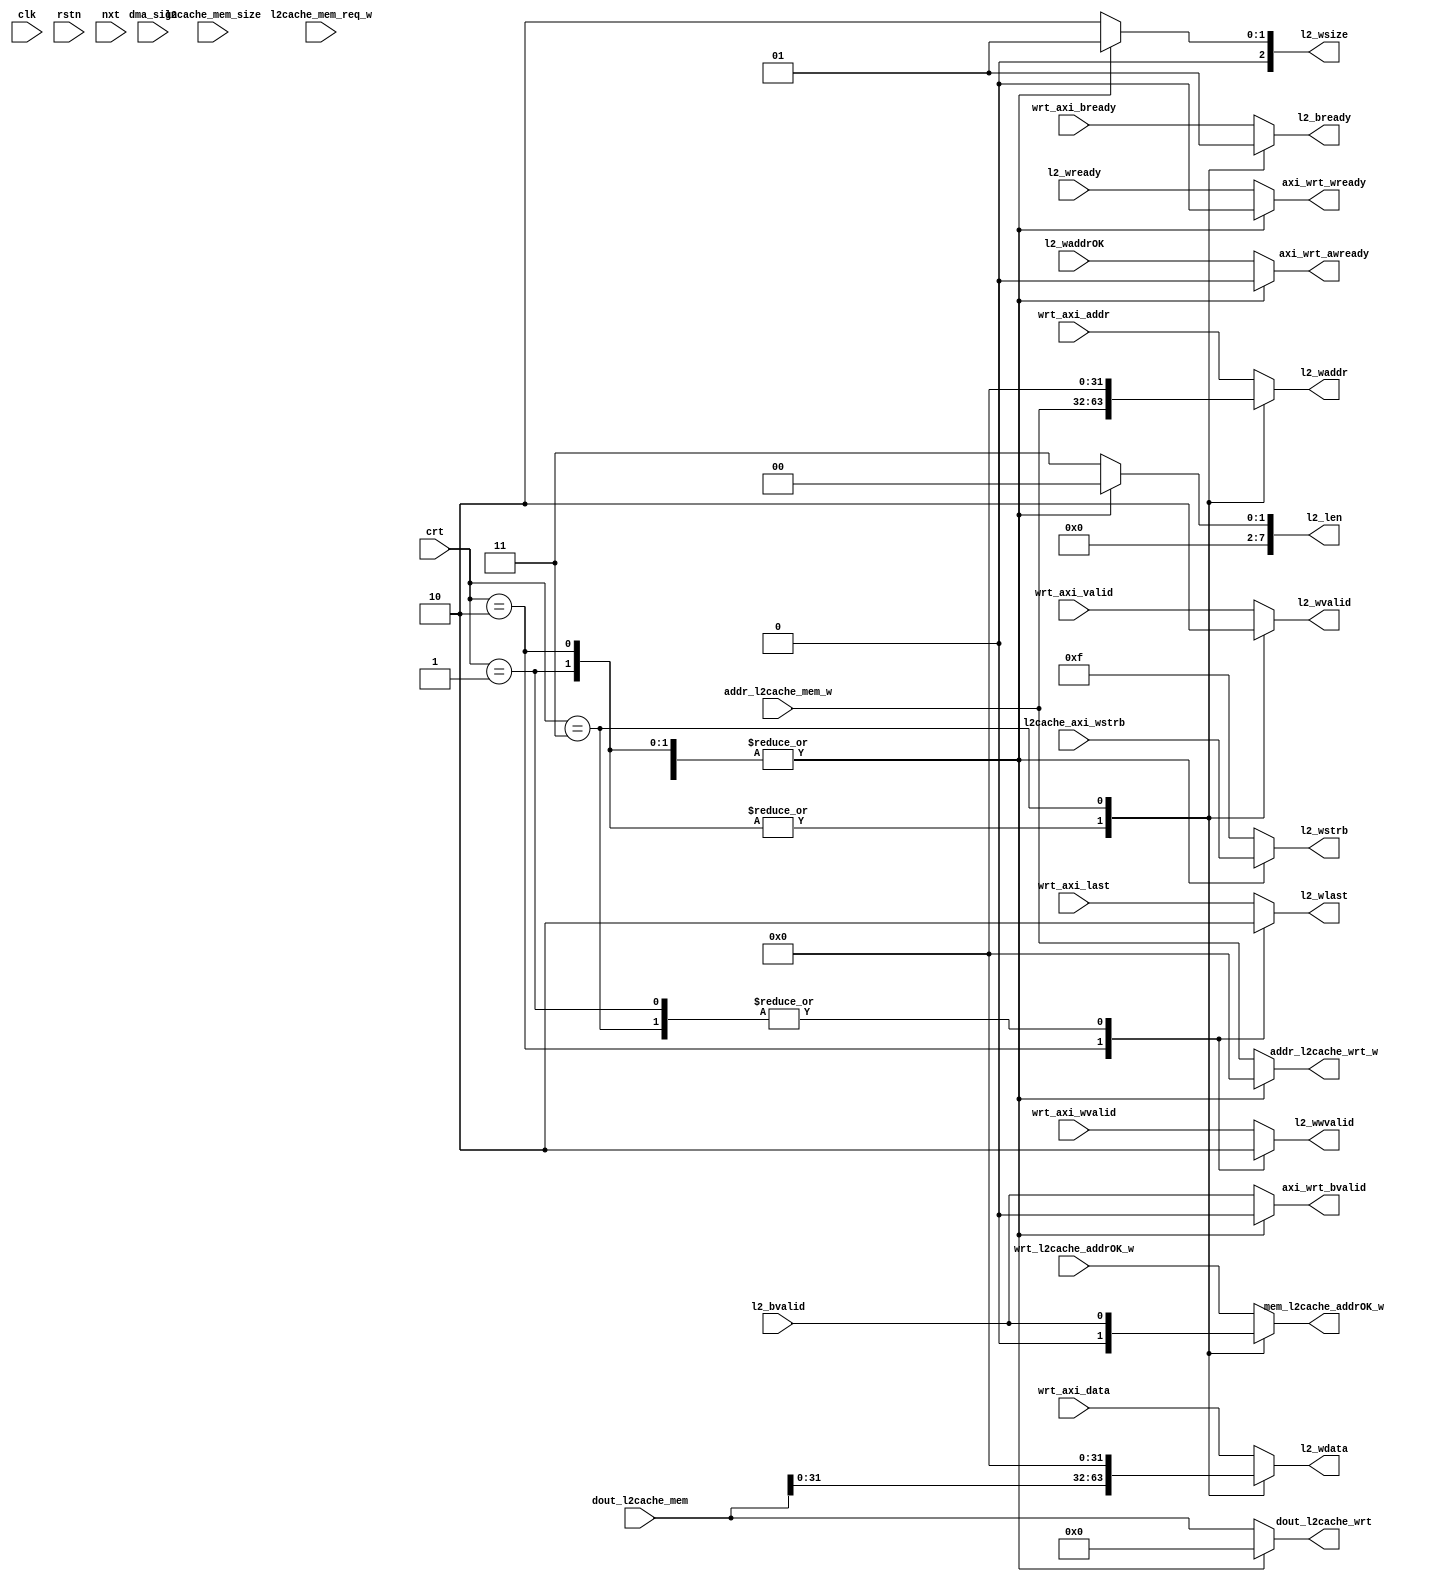
module write_arbiter#(
    parameter   offset_width=2
)(
    input    clk,
    input    rstn,
    //l2cache_in
    input    [31:0] addr_l2cache_mem_w,
    input    [(1<<offset_width)*32-1:0]dout_l2cache_mem,
    input    l2cache_mem_req_w,
    output   reg  mem_l2cache_addrOK_w,
    input    [2:0] l2cache_mem_size,
    //l2cache_out
    output   reg  [3:0]l2_wstrb,
    output   reg  [7:0]l2_len,
    output   reg  [2:0]l2_wsize,

    output   reg  [31:0] l2_waddr,
    output   reg  [31:0] l2_wdata,
    output   reg  l2_wvalid,
    output   reg  l2_wwvalid,
    input    l2_waddrOK,
    input    l2_wready,
    output   reg  l2_wlast,
    input    l2_bvalid,
    output   reg  l2_bready,
    //wrt_in
    output   reg  [31:0] addr_l2cache_wrt_w,
    output   reg  [(1<<offset_width)*32-1:0]dout_l2cache_wrt,
    input    wrt_l2cache_addrOK_w,
    //wrt_out
    input    [31:0] wrt_axi_addr,
    input    [31:0] wrt_axi_data,
    input    wrt_axi_valid,
    input    wrt_axi_wvalid,
    output   reg axi_wrt_awready,
    output   reg axi_wrt_wready,
    input    wrt_axi_last,
    output   reg axi_wrt_bvalid,
    input    wrt_axi_bready,
    //
    input    [3:0]l2cache_axi_wstrb,
    input    dma_sign,
    //state_machine
    input    [4:0]crt,
    input    [4:0]nxt
);
    localparam IDLE = 5'd0,DMA_AW=5'd1 , DMA_W=5'd2 , DMA_R=5'd3;

    always @(*) begin
        mem_l2cache_addrOK_w=0;

        l2_wstrb=0;
        l2_len=0;
        l2_wsize=0;
        l2_waddr=0;
        l2_wdata=0;
        l2_wvalid=0;
        l2_wwvalid=0;
        l2_wlast=0;
        l2_bready=0;

        addr_l2cache_wrt_w=0;
        dout_l2cache_wrt=0;

        axi_wrt_awready=0;
        axi_wrt_wready=0;
        axi_wrt_bvalid=0;
        case (crt)
            IDLE: begin
                mem_l2cache_addrOK_w=wrt_l2cache_addrOK_w;
                
                l2_len=(1<<offset_width)-1;
                l2_wstrb=4'hF;
                l2_wsize=3'd2;

                addr_l2cache_wrt_w=addr_l2cache_mem_w;
                dout_l2cache_wrt=dout_l2cache_mem;

                l2_waddr=wrt_axi_addr;
                l2_wdata=wrt_axi_data;
                l2_wvalid=wrt_axi_valid;
                l2_wwvalid=wrt_axi_wvalid;
                l2_wlast=wrt_axi_last;
                l2_bready=wrt_axi_bready;

                axi_wrt_awready=l2_waddrOK;
                axi_wrt_wready=l2_wready;
                axi_wrt_bvalid=l2_bvalid;
            end
            DMA_AW: begin
                l2_wstrb=l2cache_axi_wstrb;
                l2_len=8'd0;
                l2_wsize=3'd1;
                l2_waddr=addr_l2cache_mem_w;
                l2_wdata=dout_l2cache_mem[31:0];
                l2_wvalid=1;
            end
            DMA_W: begin
                l2_wstrb=l2cache_axi_wstrb;
                l2_len=8'd0;
                l2_wsize=3'd1;
                l2_waddr=addr_l2cache_mem_w;
                l2_wdata=dout_l2cache_mem[31:0];
                l2_wvalid=1;
                l2_wwvalid=1;
                l2_wlast=1;
            end
            DMA_R: begin
                mem_l2cache_addrOK_w=l2_bvalid;
                l2_wstrb=l2cache_axi_wstrb;
                l2_len=8'd0;
                l2_wsize=3'd1;
                l2_bready=1;
            end
            default: begin  //WRT_W
                mem_l2cache_addrOK_w=wrt_l2cache_addrOK_w;

                l2_len=(1<<offset_width)-1;
                l2_wstrb=4'hF;
                l2_wsize=3'd2;

                addr_l2cache_wrt_w=addr_l2cache_mem_w;
                dout_l2cache_wrt=dout_l2cache_mem;

                l2_waddr=wrt_axi_addr;
                l2_wdata=wrt_axi_data;
                l2_wvalid=wrt_axi_valid;
                l2_wwvalid=wrt_axi_wvalid;
                l2_wlast=wrt_axi_last;
                l2_bready=wrt_axi_bready;

                axi_wrt_awready=l2_waddrOK;
                axi_wrt_wready=l2_wready;
                axi_wrt_bvalid=l2_bvalid;
            end
        endcase
    end


endmodule